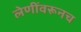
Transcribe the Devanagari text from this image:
लेणींवरूनच